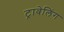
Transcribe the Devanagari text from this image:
ट्रावेलिंग